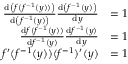
{ \begin{array} { r l } { { \frac { \mathrm { d } \left( f ( f ^ { - 1 } ( y ) ) \right) } { \mathrm { d } \left( f ^ { - 1 } ( y ) \right) } } { \frac { \mathrm { d } \left( f ^ { - 1 } ( y ) \right) } { \mathrm { d } y } } } & { = 1 } \\ { { \frac { \mathrm { d } f ( f ^ { - 1 } ( y ) ) } { \mathrm { d } f ^ { - 1 } ( y ) } } { \frac { \mathrm { d } f ^ { - 1 } ( y ) } { \mathrm { d } y } } } & { = 1 } \\ { f ^ { \prime } ( f ^ { - 1 } ( y ) ) ( f ^ { - 1 } ) ^ { \prime } ( y ) } & { = 1 } \end{array} }